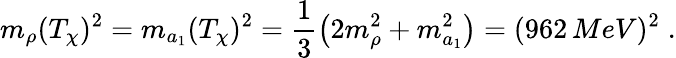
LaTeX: m_{\rho}(T_{\chi})^{2}=m_{a_{1}}(T_{\chi})^{2}=\frac{1}{3}\left(2m_{\rho}^{2}+m_{a_{1}}^{2}\right)=(962\, MeV)^{2}\; .